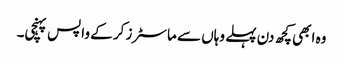
وہ ابھی کچھ دن پہلے وہاں سے ماسٹرز کر کے واپس پہنچی۔